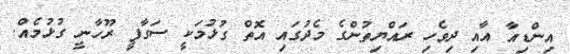
އިންޑިއާ އާއި ދިވެހި ރައްޔިތުންގެ މެދުގައި އޮތް ގުޅުމަކީ ސަގާފީ ރޫހާނީ ގުޅުމެއް.